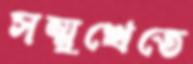
সম্মুখেতে